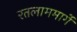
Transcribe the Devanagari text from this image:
रतलाममार्गे